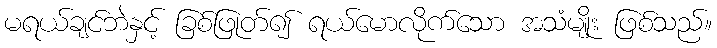
မရယ်ချင်ဘဲနှင့် ခြစ်ဖြုတ်၍ ရယ်မောလိုက်သော အသံမျိုး ဖြစ်သည်။